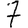
Digit: 7